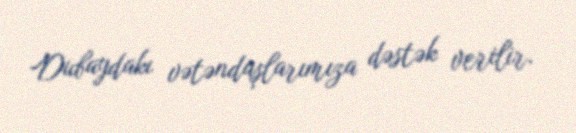
Dubaydakı vətəndaşlarımıza dəstək verilir.